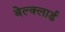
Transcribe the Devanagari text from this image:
बेल्क्लार्ड